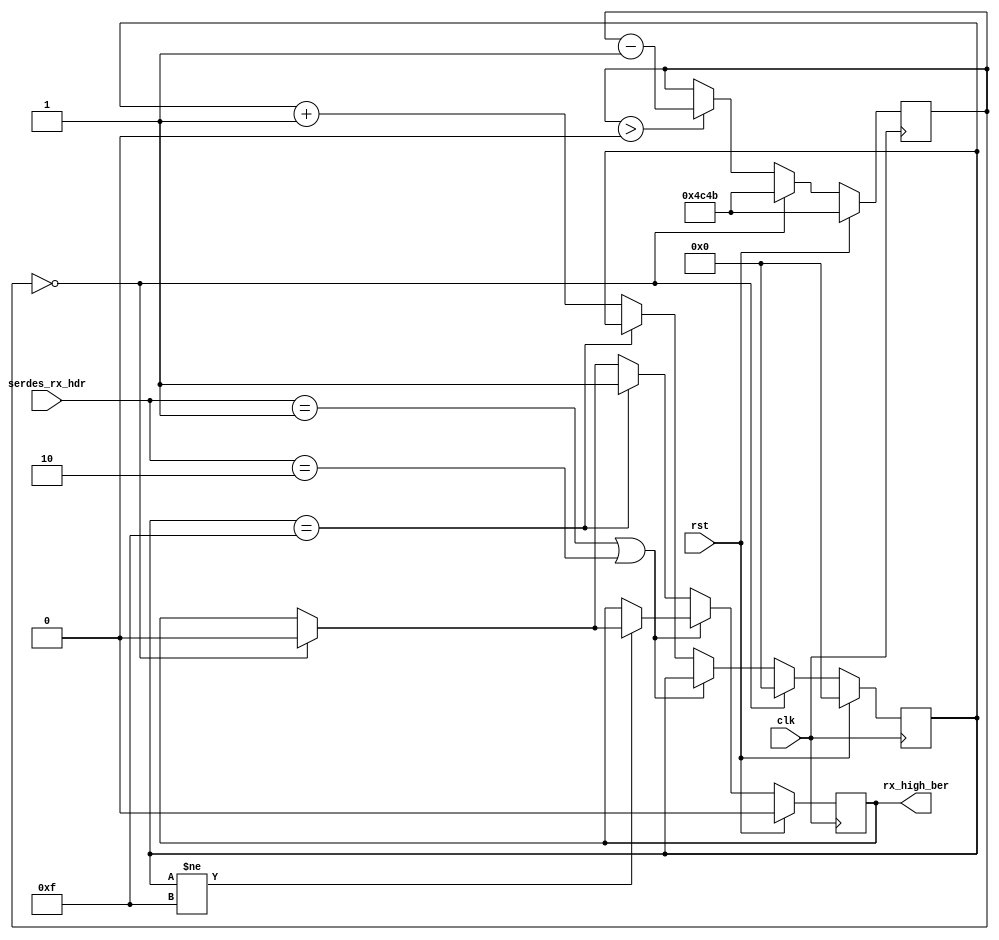
// Language: Verilog 2001

`resetall
`timescale 1ns / 1ps
`default_nettype none

/*
 * 10G Ethernet PHY BER monitor
 */
module eth_phy_10g_rx_ber_mon #
(
    parameter HDR_WIDTH = 2,			// ancho de encabezado
    parameter COUNT_125US = 125000/6.4		// contador de 125 us (esta cuenta se hace para transformar los 125 us en unidades de ciclos de reloj)
)
(
    input  wire                  clk,		// entrada de clock
    input  wire                  rst,		// seal de reinicio

    /*
     * SERDES interface
     */
    input  wire [HDR_WIDTH-1:0]  serdes_rx_hdr,	// encabezado recibido desde serdes

    /*
     * Status
     */
    output wire                  rx_high_ber	// salida tasa de error de bit
);

// bus width assertions	
initial begin			
    if (HDR_WIDTH != 2) begin
        $error("Error: HDR_WIDTH must be 2");
        $finish;
    end
end

parameter COUNT_WIDTH = $clog2($rtoi(COUNT_125US));	// determina la cantidad de bits necesarios para representar COUNT_125US

localparam [1:0]		// encabezados de sincronizacion de datos y control
    SYNC_DATA = 2'b10,
    SYNC_CTRL = 2'b01;

reg [COUNT_WIDTH-1:0] time_count_reg = COUNT_125US, time_count_next;	// registro de contador de tiempo, se inicializa en COUNT_125US. time_count_next es el prximo valor que va a tomar time_count_reg
reg [3:0] ber_count_reg = 4'd0, ber_count_next;				// registro de contador de errores de bit, se inicializa en 0 (4 bits). ber_count_next es el proximo valor que va a tomar ber_count_reg

reg rx_high_ber_reg = 1'b0, rx_high_ber_next;				// registro que indica uan tasa alta de error de bit, se inicializa en 0

assign rx_high_ber = rx_high_ber_reg;					// la salida rx_high_ber se asigna al valor del registro rx_hig_ber_reg

always @* begin
    if (time_count_reg > 0) begin		// si la cuenta ya empezo
        time_count_next = time_count_reg-1;	// resta en uno el valor del contador de tiempo
    end else begin				// si termino la cuenta
        time_count_next = time_count_reg;	// permanece el valor del contador de tiepo
    end	
    ber_count_next = ber_count_reg;		// se asigna el valor de ber_count en el proximo ciclo

    rx_high_ber_next = rx_high_ber_reg;		// se asigna el valor de rx_high_ber en el proximo ciclo

    if (serdes_rx_hdr == SYNC_CTRL || serdes_rx_hdr == SYNC_DATA) begin	// si los header son validos
        // valid header
        if (ber_count_reg != 4'd15) begin				// si la cuenta de ber no alcanz su valor lmite 15
            if (time_count_reg == 0) begin				// si termino la cuenta
                rx_high_ber_next = 1'b0;				// no hay una tasa alta de error de bit
            end
        end
    end else begin				// si el header no es valido
        // invalid header
        if (ber_count_reg == 4'd15) begin	// si la cuenta de ber alcanz su valor lmite de 15
            rx_high_ber_next = 1'b1;		// hay tasa alta de error de bit
        end else begin				// si la cuenta de ber no alcanz su valor lmite de 15
            ber_count_next = ber_count_reg + 1;	// se incrementa en uno la cuenta de ber
            if (time_count_reg == 0) begin	// si termin la cuenta
                rx_high_ber_next = 1'b0;	// no hay tasa alta de error de bit
            end
        end
    end
    if (time_count_reg == 0) begin		// si termin la cuenta
        // 125 us timer expired
        ber_count_next = 4'd0;			// se resetea la cuenta de ber
        time_count_next = COUNT_125US;		// se resetea el timer a 125 us
    end
end

always @(posedge clk) begin			// en cada flanco positivo de clock se actualizan los valores de los registros y se verifica la seal de reinicio
    time_count_reg <= time_count_next;
    ber_count_reg <= ber_count_next;
    rx_high_ber_reg <= rx_high_ber_next;

    if (rst) begin
        time_count_reg <= COUNT_125US;
        ber_count_reg <= 4'd0;
        rx_high_ber_reg <= 1'b0;
    end
end

endmodule

`resetall